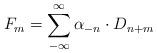
LaTeX: \begin{align*}F_m= \sum^{\infty}_{-\infty}\alpha_{-n}\cdot D_{n+m}\end{align*}